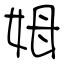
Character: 姆